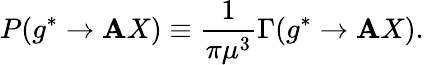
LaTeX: P(g^{*}\rightarrow\mathbf{A}X)\equiv\frac{{1}}{{\pi\mu^{3}}}\Gamma(g^{*}\rightarrow\mathbf{A}X).